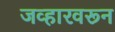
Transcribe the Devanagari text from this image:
जव्हारवरून